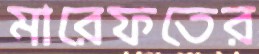
মারেফতের